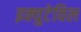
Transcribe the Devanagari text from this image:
इक्युटेविल